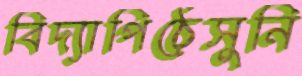
বিদ্যাপিঠেসুনি